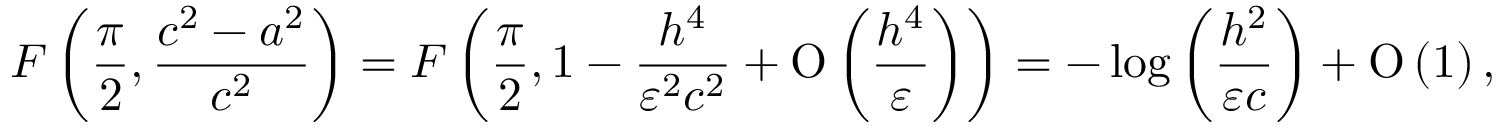
F \left( \frac { \pi } { 2 } , \frac { c ^ { 2 } - a ^ { 2 } } { c ^ { 2 } } \right) = F \left( \frac { \pi } { 2 } , 1 - \frac { h ^ { 4 } } { \varepsilon ^ { 2 } c ^ { 2 } } + \ensuremath { \operatorname { O } \left( \frac { h ^ { 4 } } { \varepsilon } \right) } \right) = - \log { \left( \frac { h ^ { 2 } } { \varepsilon c } \right) } + \ensuremath { \operatorname { O } \left( 1 \right) } ,